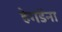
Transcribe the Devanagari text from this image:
हेगडेंना